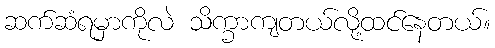
ဆက်ဆံရမှာကိုလဲ သိက္ခာကျတယ်လို့ထင်နေတယ်။